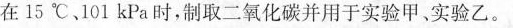
在15℃，101kPa时，制取二氧化碳并用于实验甲。